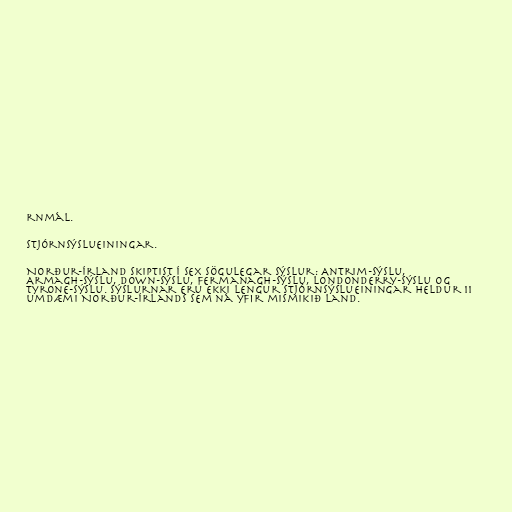
rnmál.

Stjórnsýslueiningar.

Norður-Írland skiptist í sex sögulegar sýslur: Antrim-sýslu,
Armagh-sýslu, Down-sýslu, Fermanagh-sýslu, Londonderry-sýslu og
Tyrone-sýslu. Sýslurnar eru ekki lengur stjórnsýslueiningar heldur 11
umdæmi Norður-Írlands sem ná yfir mismikið land.